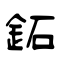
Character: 鉐